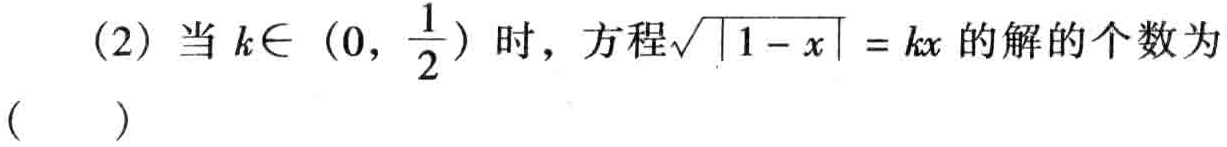
(2) 当 \(k\in(0,\frac{1}{2})\) 时，方程\(\sqrt{\vert 1 - x\vert}=kx\) 的解的个数为（  ）